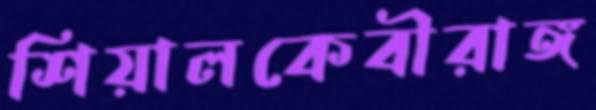
শিয়ালকেবীরাঙ্গ